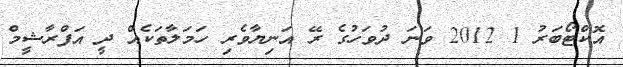
އޮކްޓޯބަރު 1 2012 ވަނަ ދުވަހުގެ ރޭ އަނިޔާވެރި ހަމަލާތަކެއް ދީ އަފްރާޝީމް